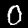
Digit: 0